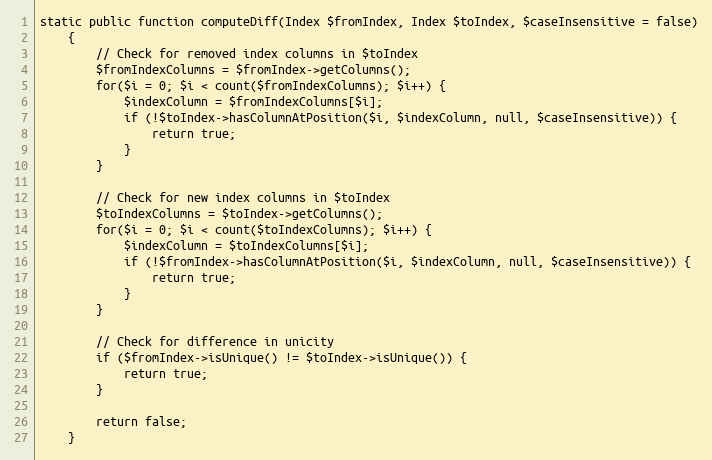
Language: PHP
static public function computeDiff(Index $fromIndex, Index $toIndex, $caseInsensitive = false)
	{
		// Check for removed index columns in $toIndex
		$fromIndexColumns = $fromIndex->getColumns();
		for($i = 0; $i < count($fromIndexColumns); $i++) {
			$indexColumn = $fromIndexColumns[$i];
			if (!$toIndex->hasColumnAtPosition($i, $indexColumn, null, $caseInsensitive)) {
				return true;
			}
		}

		// Check for new index columns in $toIndex
		$toIndexColumns = $toIndex->getColumns();
		for($i = 0; $i < count($toIndexColumns); $i++) {
			$indexColumn = $toIndexColumns[$i];
			if (!$fromIndex->hasColumnAtPosition($i, $indexColumn, null, $caseInsensitive)) {
				return true;
			}
		}

		// Check for difference in unicity
		if ($fromIndex->isUnique() != $toIndex->isUnique()) {
			return true;
		}

		return false;
	}